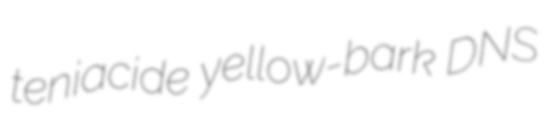
teniacide yellow-bark DNS